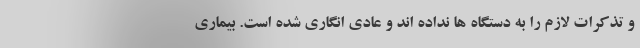
و تذکرات لازم را به دستگاه ها نداده اند و عادی انگاری شده است. بیماری